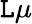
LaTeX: \mathtt{L}\mu